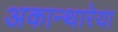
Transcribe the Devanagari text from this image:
अकान्थारेया